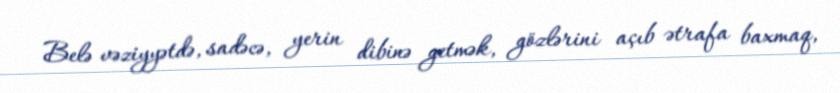
Belə vəziyyətdə, sadəcə, yerin dibinə getmək, gözlərini açıb ətrafa baxmaq,